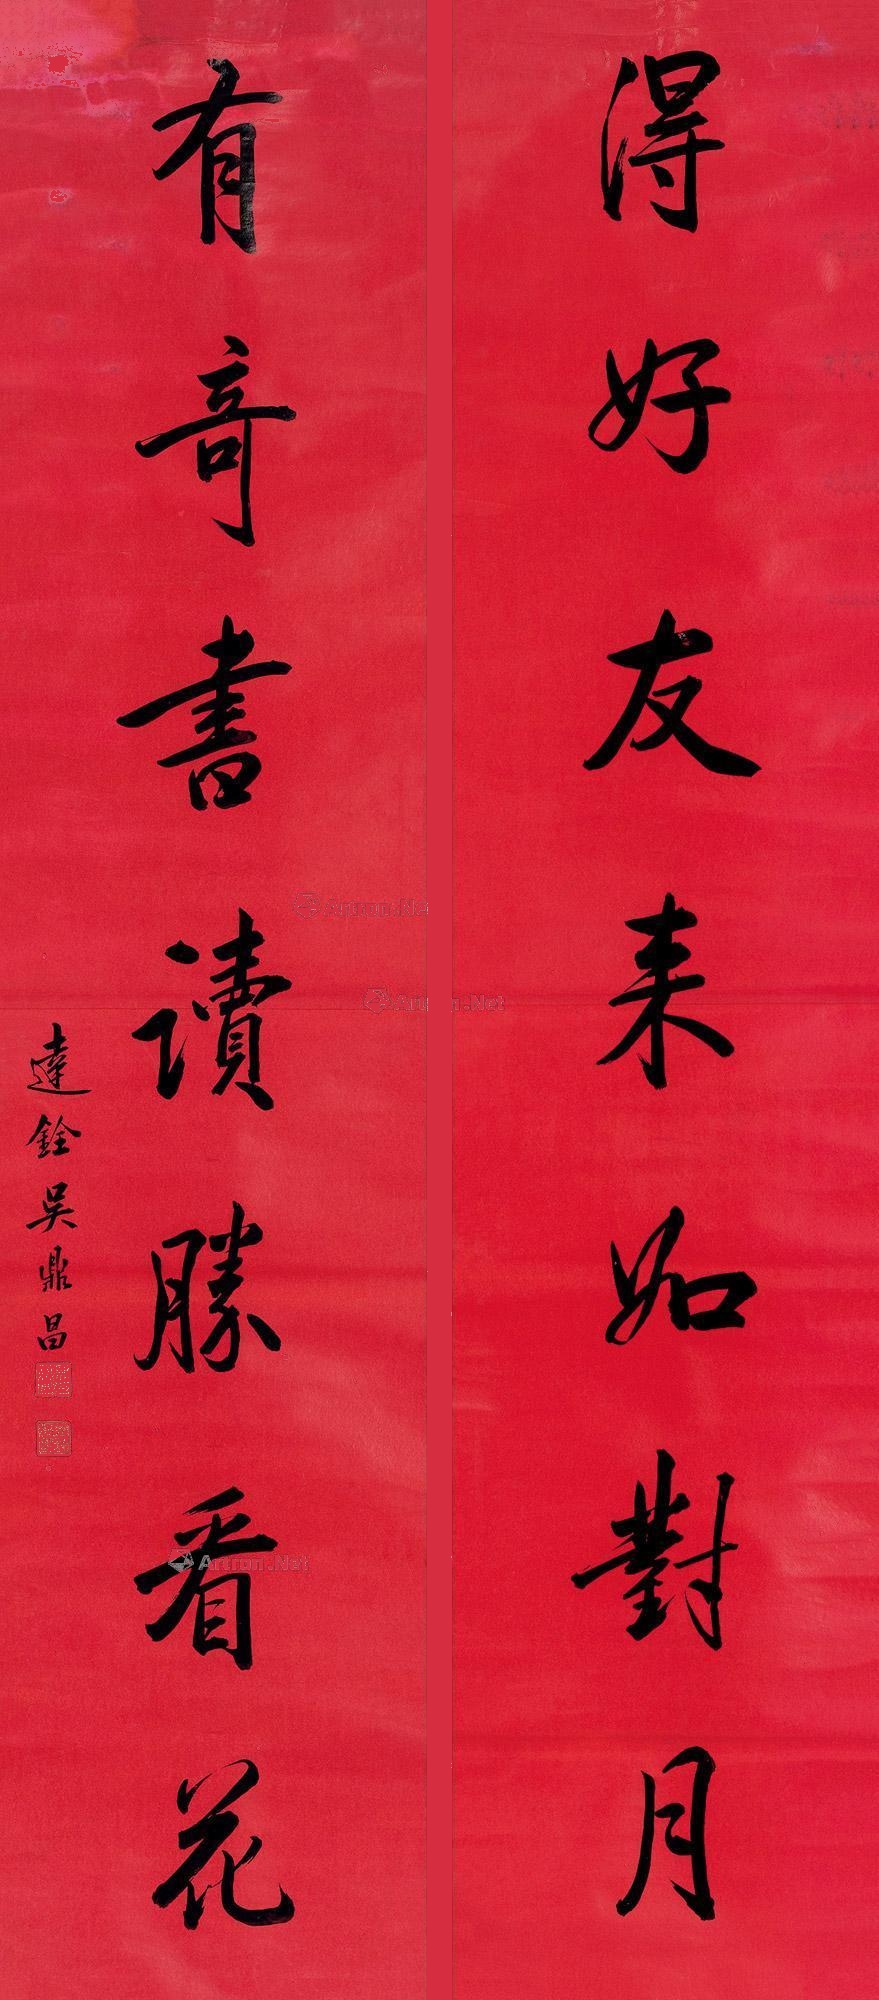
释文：得好友来如对月，有奇书读胜看花。达铨吴鼎昌。